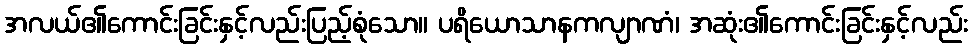
အလယ်၏ကောင်းခြင်းနှင့်လည်းပြည့်စုံသော။ ပရိယောသာနကလျာဏံ၊ အဆုံး၏ကောင်းခြင်းနှင့်လည်း